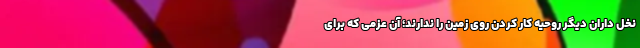
نخل داران دیگر روحیه کار کردن روی زمین را ندارند؛ آن عزمی که برای